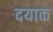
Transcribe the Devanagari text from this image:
दयाक